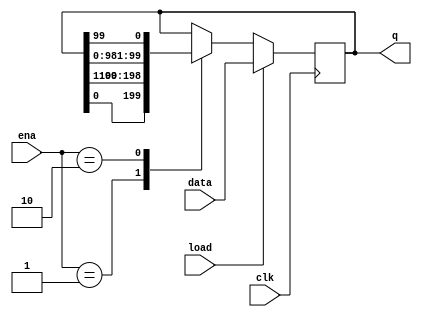
//
//
// https://hdlbits.01xz.net/wiki/Rotate100
//
//

`default_nettype none

module top_module (
    input               clk,
    input               load,
    input       [1:0]   ena,
    input       [99:0]  data,
    output  reg [99:0]  q
);

    reg         [99:0]  q_next;
    always @(posedge clk) begin
            q <= q_next;
    end

    always @(*) begin
        if (load)
            q_next = data;
        else
            case (ena)
            2'b01   : q_next = {q[0], q[99:1]};
            2'b10   : q_next = {q[98:0], q[99]};
            default : q_next = q;
            endcase
    end

endmodule